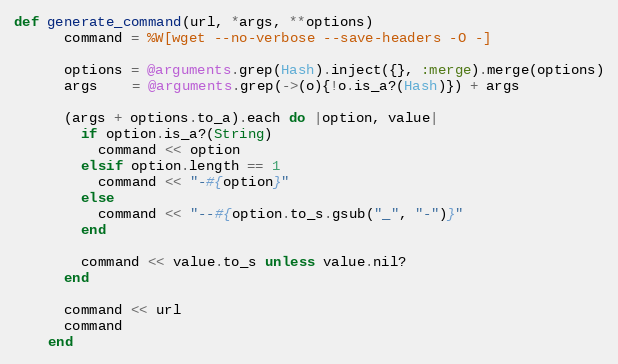
Language: Ruby
def generate_command(url, *args, **options)
      command = %W[wget --no-verbose --save-headers -O -]

      options = @arguments.grep(Hash).inject({}, :merge).merge(options)
      args    = @arguments.grep(->(o){!o.is_a?(Hash)}) + args

      (args + options.to_a).each do |option, value|
        if option.is_a?(String)
          command << option
        elsif option.length == 1
          command << "-#{option}"
        else
          command << "--#{option.to_s.gsub("_", "-")}"
        end

        command << value.to_s unless value.nil?
      end

      command << url
      command
    end